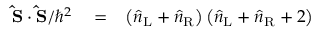
\begin{array} { r l r } { { \bf { \hat { S } } } \cdot { \bf { \hat { S } } } / \hbar ^ { 2 } } & { { } = } & { \left( \hat { n } _ { \mathrm { L } } + \hat { n } _ { \mathrm { R } } \right) \left( \hat { n } _ { \mathrm { L } } + \hat { n } _ { \mathrm { R } } + 2 \right) } \end{array}